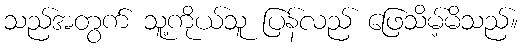
သည်အတွက် သူ့ကိုယ်သူ ပြန်လည် ဖြေသိမ့်မိသည်။